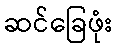
ဆင်ခြေဖုံး